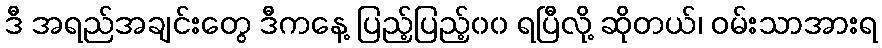
ဒီ အရည်အချင်းတွေ ဒီကနေ့ ပြည့်ပြည့်၀၀ ရပြီလို့ ဆိုတယ်၊ ဝမ်းသာအားရ